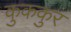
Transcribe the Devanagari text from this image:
कुककुर